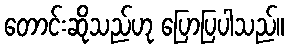
တောင်းဆိုသည်ဟု ပြောပြပါသည်။